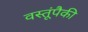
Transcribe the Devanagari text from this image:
वस्तूंपैकी